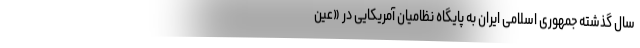
سال گذشته جمهوری اسلامی ایران به پایگاه نظامیان آمریکایی در «عین